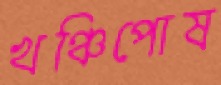
খঞ্চিপোষ